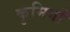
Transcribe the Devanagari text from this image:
कृमियाँ